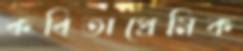
কবিতাপ্রেমিক